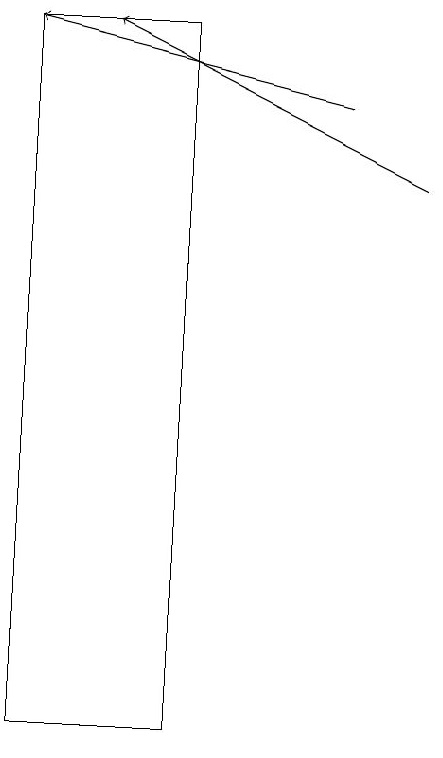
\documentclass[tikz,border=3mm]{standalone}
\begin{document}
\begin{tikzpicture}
\draw[->] (8,18) -- (4,19);
\draw[->] (9,17) -- (5,19);
\draw (6,10) rectangle (4,19);
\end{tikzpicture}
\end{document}